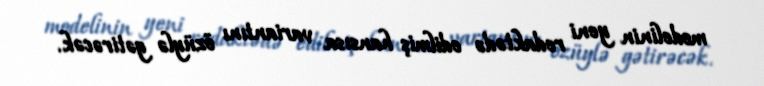
modelinin yeni redaktədə edilmiş hansısa variantını özüylə gətirəcək.